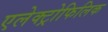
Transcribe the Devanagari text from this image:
एलेक्ट्रोफिलिक